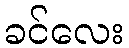
ခင်လေး